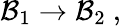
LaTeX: {\cal B}_{1}\rightarrow{\cal B}_{2}\ ,